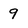
Character: 9